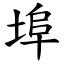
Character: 埠